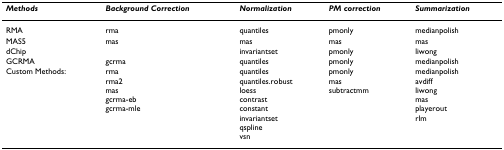
<table><thead><tr><td><b><i>Methods</i></b></td><td><b><i>Background Correction</i></b></td><td><b><i>Normalization</i></b></td><td><b><i>PM correction</i></b></td><td><b><i>Summarization</i></b></td></tr></thead><tbody><tr><td>RMA</td><td>rma</td><td>quantiles</td><td>pmonly</td><td>medianpolish</td></tr><tr><td>MAS5</td><td>mas</td><td>mas</td><td>mas</td><td>mas</td></tr><tr><td>dChip</td><td></td><td>invariantset</td><td>pmonly</td><td>liwong</td></tr><tr><td>GCRMA</td><td>gcrma</td><td>quantiles</td><td>pmonly</td><td>medianpolish</td></tr><tr><td>Custom Methods:</td><td>rmarma2masgcrma-ebgcrma-mle</td><td>quantilesquantiles.robustloesscontrastconstantinvariantsetqsplinevsn</td><td>pmonlymassubtractmm</td><td>medianpolishavdiffliwongmasplayeroutrlm</td></tr></tbody></table>